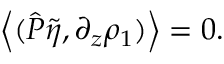
\left\langle ( \hat { P } \tilde { \eta } , \partial _ { z } \rho _ { 1 } ) \right\rangle = 0 .